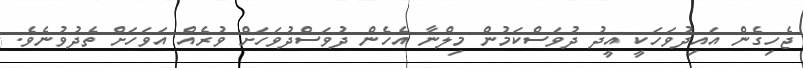
ޖެހިގެން އައިދުވަހަކީ އީދު ދުވަސްކަމުން މިލްނާ އެހެން ދުވަސްދުވަހަށް ވުރެއް އަވަހަށް ތެދުވުނެވެ.